Vaccination in Burma 1920-1933 - 1920-1933
Year: 1920
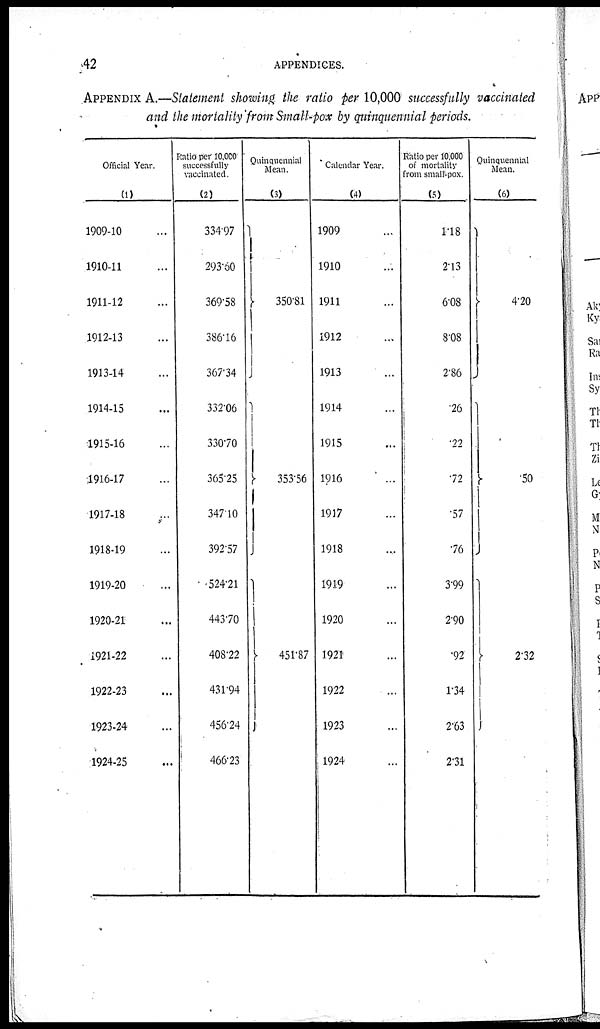
42
APPENDICES.
APPENDIX A.—Statement showing the ratio per 10,000 successfully vaccinated
and the mortality from Small-pox by quinquennial periods.
Official Year.
(1)
1909-10...
1910-11...
1911-12...
1912-13...
1913-14...
1914-15...
1915-16...
1916-17...
1917-18...
1918-19...
1919-20...
1920-21...
1921-22...
1922-23...
1923-24...
1924-25...
Ratio per 10,000
successfully
vaccinated.
(2)
334.97
293.60
369.58
386.16
367.34
332.06
330.70
365.25
347.10
392.57
524.21
443.70
408.22
431.94
456.24
466.23
Quinquennial
Mean.
(3)
350.81
353.56
451.87
Calendar Year.
(4)
1909...
1910...
1911...
1912...
1913...
1914...
1915...
1916...
1917...
1918...
1919...
1920...
1921...
1922...
1923...
1924...
Ratio per 10,000
of mortality
from small-pox.
(5)
1.18
2.13
6.08
8.08
2.86
.26
.22
.72
.57
.76
3.99
2.90
.92
1.34
2.63
2.31
Quinquennial
Mean.
(6)
4.20
50
2.32